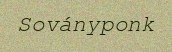
Soványponk